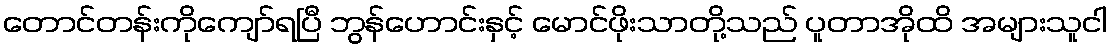
တောင်တန်းကိုကျော်ရပြီ ဘွန်ဟောင်းနှင့် မောင်ဖိုးသာတို့သည် ပူတာအိုထိ အများသူငါ